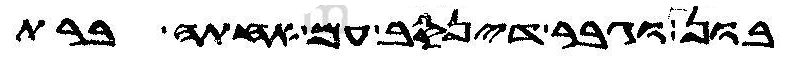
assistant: בון וגבר דינסב ית אחתה ברת